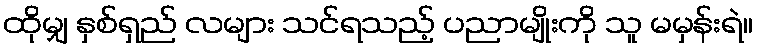
ထိုမျှ နှစ်ရှည် လများ သင်ရသည့် ပညာမျိုးကို သူ မမှန်းရဲ။